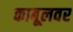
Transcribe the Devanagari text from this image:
काबूलवर